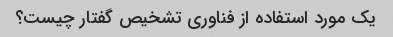
یک مورد استفاده از فناوری تشخیص گفتار چیست؟